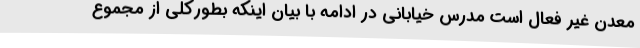
معدن غیر فعال است مدرس خیابانی در ادامه با بیان اینکه بطورکلی از مجموع